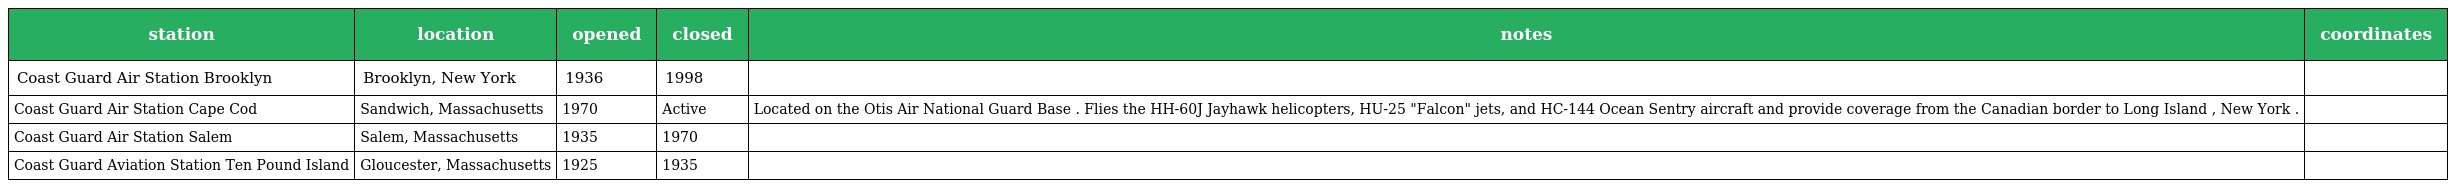
| station | location | opened | closed | notes | coordinates |
 | --- | --- | --- | --- | --- | --- |
 | Coast Guard Air Station Brooklyn | Brooklyn, New York | 1936 | 1998 |  |  |
 | Coast Guard Air Station Cape Cod | Sandwich, Massachusetts | 1970 | Active | Located on the Otis Air National Guard Base . Flies the HH-60J Jayhawk helicopters, HU-25 "Falcon" jets, and HC-144 Ocean Sentry aircraft and provide coverage from the Canadian border to Long Island , New York . |  |
 | Coast Guard Air Station Salem | Salem, Massachusetts | 1935 | 1970 |  |  |
 | Coast Guard Aviation Station Ten Pound Island | Gloucester, Massachusetts | 1925 | 1935 |  |  |